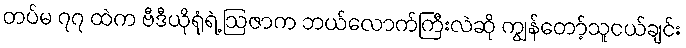
တပ်မ ၇၇ ထဲက ဗီဒီယိုရုံရဲ့ ဩဇာက ဘယ်လောက်ကြီးလဲဆို ကျွန်တော့်သူငယ်ချင်း